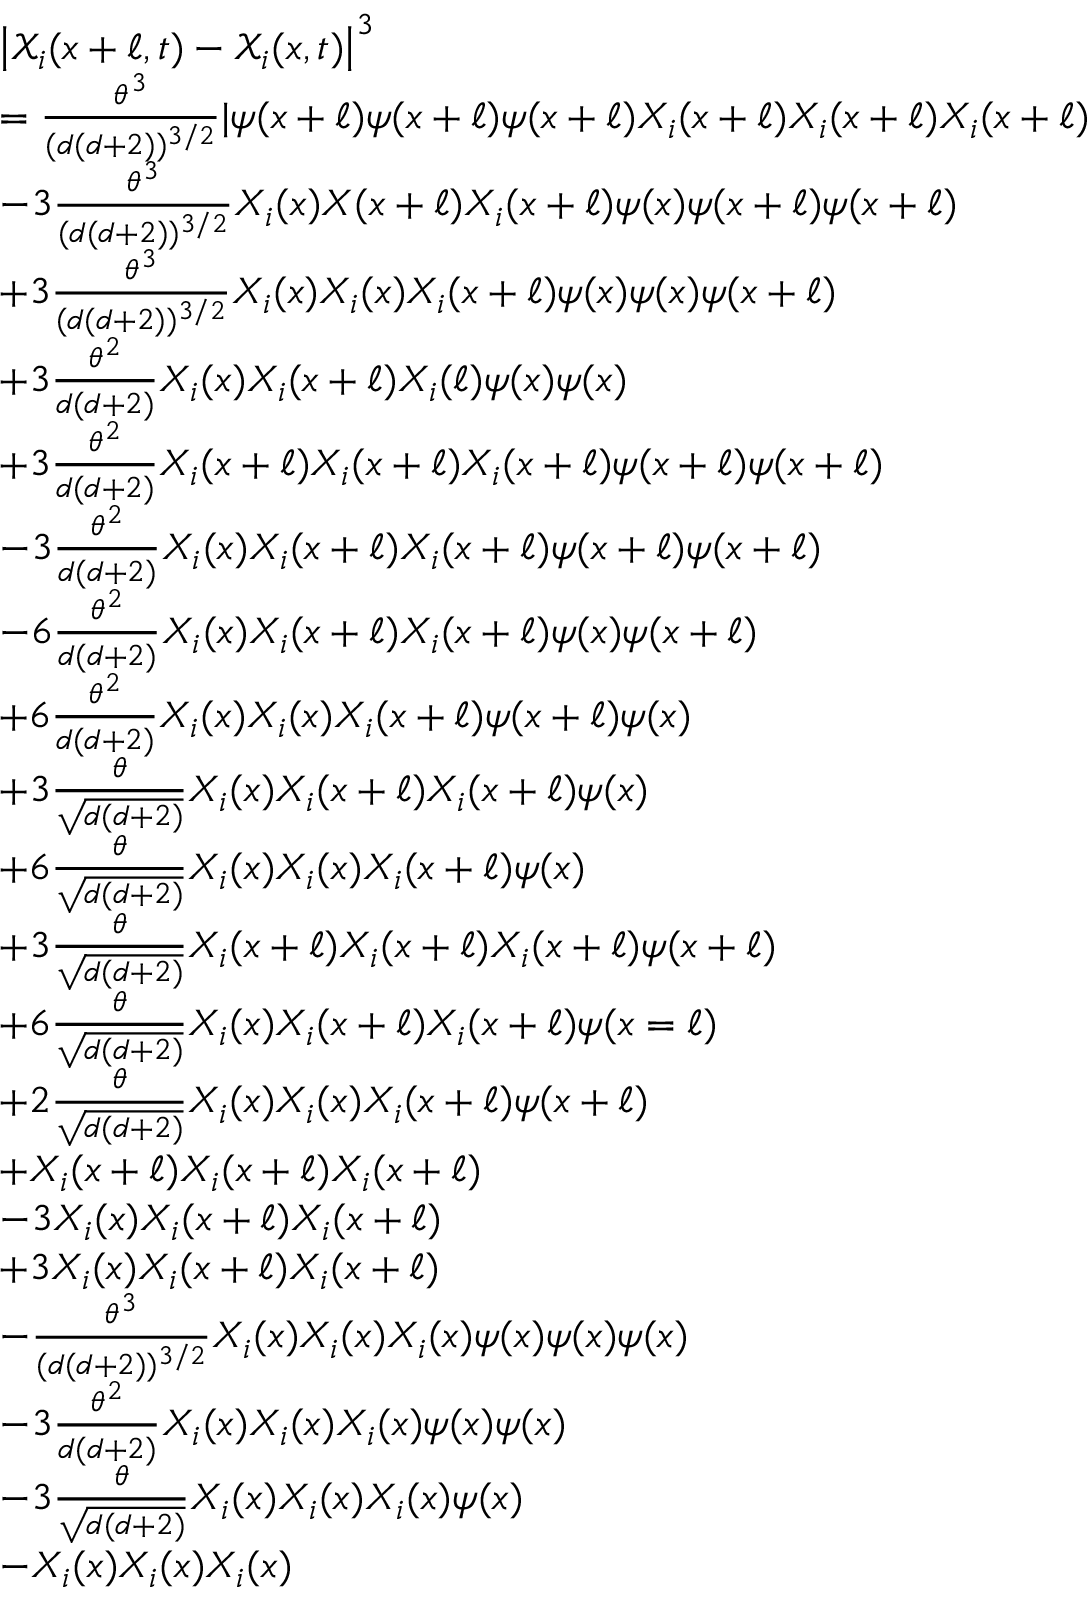
\begin{array} { r l } & { \left| { \mathcal { X } } _ { i } ( x + \ell , t ) - { \mathcal { X } } _ { i } ( x , t ) \right| ^ { 3 } } \\ & { = \frac { \theta ^ { 3 } } { ( d ( d + 2 ) ) ^ { 3 / 2 } } | \psi ( x + \ell ) \psi ( x + \ell ) \psi ( x + \ell ) X _ { i } ( x + \ell ) X _ { i } ( x + \ell ) X _ { i } ( x + \ell ) } \\ & { - 3 \frac { \theta ^ { 3 } } { ( d ( d + 2 ) ) ^ { 3 / 2 } } X _ { i } ( x ) X ( x + \ell ) X _ { i } ( x + \ell ) \psi ( x ) \psi ( x + \ell ) \psi ( x + \ell ) } \\ & { + 3 \frac { \theta ^ { 3 } } { ( d ( d + 2 ) ) ^ { 3 / 2 } } X _ { i } ( x ) X _ { i } ( x ) X _ { i } ( x + \ell ) \psi ( x ) \psi ( x ) \psi ( x + \ell ) } \\ & { + 3 \frac { \theta ^ { 2 } } { d ( d + 2 ) } X _ { i } ( x ) X _ { i } ( x + \ell ) X _ { i } ( \ell ) \psi ( x ) \psi ( x ) } \\ & { + 3 \frac { \theta ^ { 2 } } { d ( d + 2 ) } X _ { i } ( x + \ell ) X _ { i } ( x + \ell ) X _ { i } ( x + \ell ) \psi ( x + \ell ) \psi ( x + \ell ) } \\ & { - 3 \frac { \theta ^ { 2 } } { d ( d + 2 ) } X _ { i } ( x ) X _ { i } ( x + \ell ) X _ { i } ( x + \ell ) \psi ( x + \ell ) \psi ( x + \ell ) } \\ & { - 6 \frac { \theta ^ { 2 } } { d ( d + 2 ) } X _ { i } ( x ) X _ { i } ( x + \ell ) X _ { i } ( x + \ell ) \psi ( x ) \psi ( x + \ell ) } \\ & { + 6 \frac { \theta ^ { 2 } } { d ( d + 2 ) } X _ { i } ( x ) X _ { i } ( x ) X _ { i } ( x + \ell ) \psi ( x + \ell ) \psi ( x ) } \\ & { + 3 \frac { \theta } { \sqrt { d ( d + 2 ) } } X _ { i } ( x ) X _ { i } ( x + \ell ) X _ { i } ( x + \ell ) \psi ( x ) } \\ & { + 6 \frac { \theta } { \sqrt { d ( d + 2 ) } } X _ { i } ( x ) X _ { i } ( x ) X _ { i } ( x + \ell ) \psi ( x ) } \\ & { + 3 \frac { \theta } { \sqrt { d ( d + 2 ) } } X _ { i } ( x + \ell ) X _ { i } ( x + \ell ) X _ { i } ( x + \ell ) \psi ( x + \ell ) } \\ & { + 6 \frac { \theta } { \sqrt { d ( d + 2 ) } } X _ { i } ( x ) X _ { i } ( x + \ell ) X _ { i } ( x + \ell ) \psi ( x = \ell ) } \\ & { + 2 \frac { \theta } { \sqrt { d ( d + 2 ) } } X _ { i } ( x ) X _ { i } ( x ) X _ { i } ( x + \ell ) \psi ( x + \ell ) } \\ & { + X _ { i } ( x + \ell ) X _ { i } ( x + \ell ) X _ { i } ( x + \ell ) } \\ & { - 3 X _ { i } ( x ) X _ { i } ( x + \ell ) X _ { i } ( x + \ell ) } \\ & { + 3 X _ { i } ( x ) X _ { i } ( x + \ell ) X _ { i } ( x + \ell ) } \\ & { - \frac { \theta ^ { 3 } } { ( d ( d + 2 ) ) ^ { 3 / 2 } } X _ { i } ( x ) X _ { i } ( x ) X _ { i } ( x ) \psi ( x ) \psi ( x ) \psi ( x ) } \\ & { - 3 \frac { \theta ^ { 2 } } { d ( d + 2 ) } X _ { i } ( x ) X _ { i } ( x ) X _ { i } ( x ) \psi ( x ) \psi ( x ) } \\ & { - 3 \frac { \theta } { \sqrt { d ( d + 2 ) } } X _ { i } ( x ) X _ { i } ( x ) X _ { i } ( x ) \psi ( x ) } \\ & { - X _ { i } ( x ) X _ { i } ( x ) X _ { i } ( x ) } \end{array}